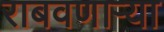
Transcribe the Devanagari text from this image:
राबवणाऱ्या